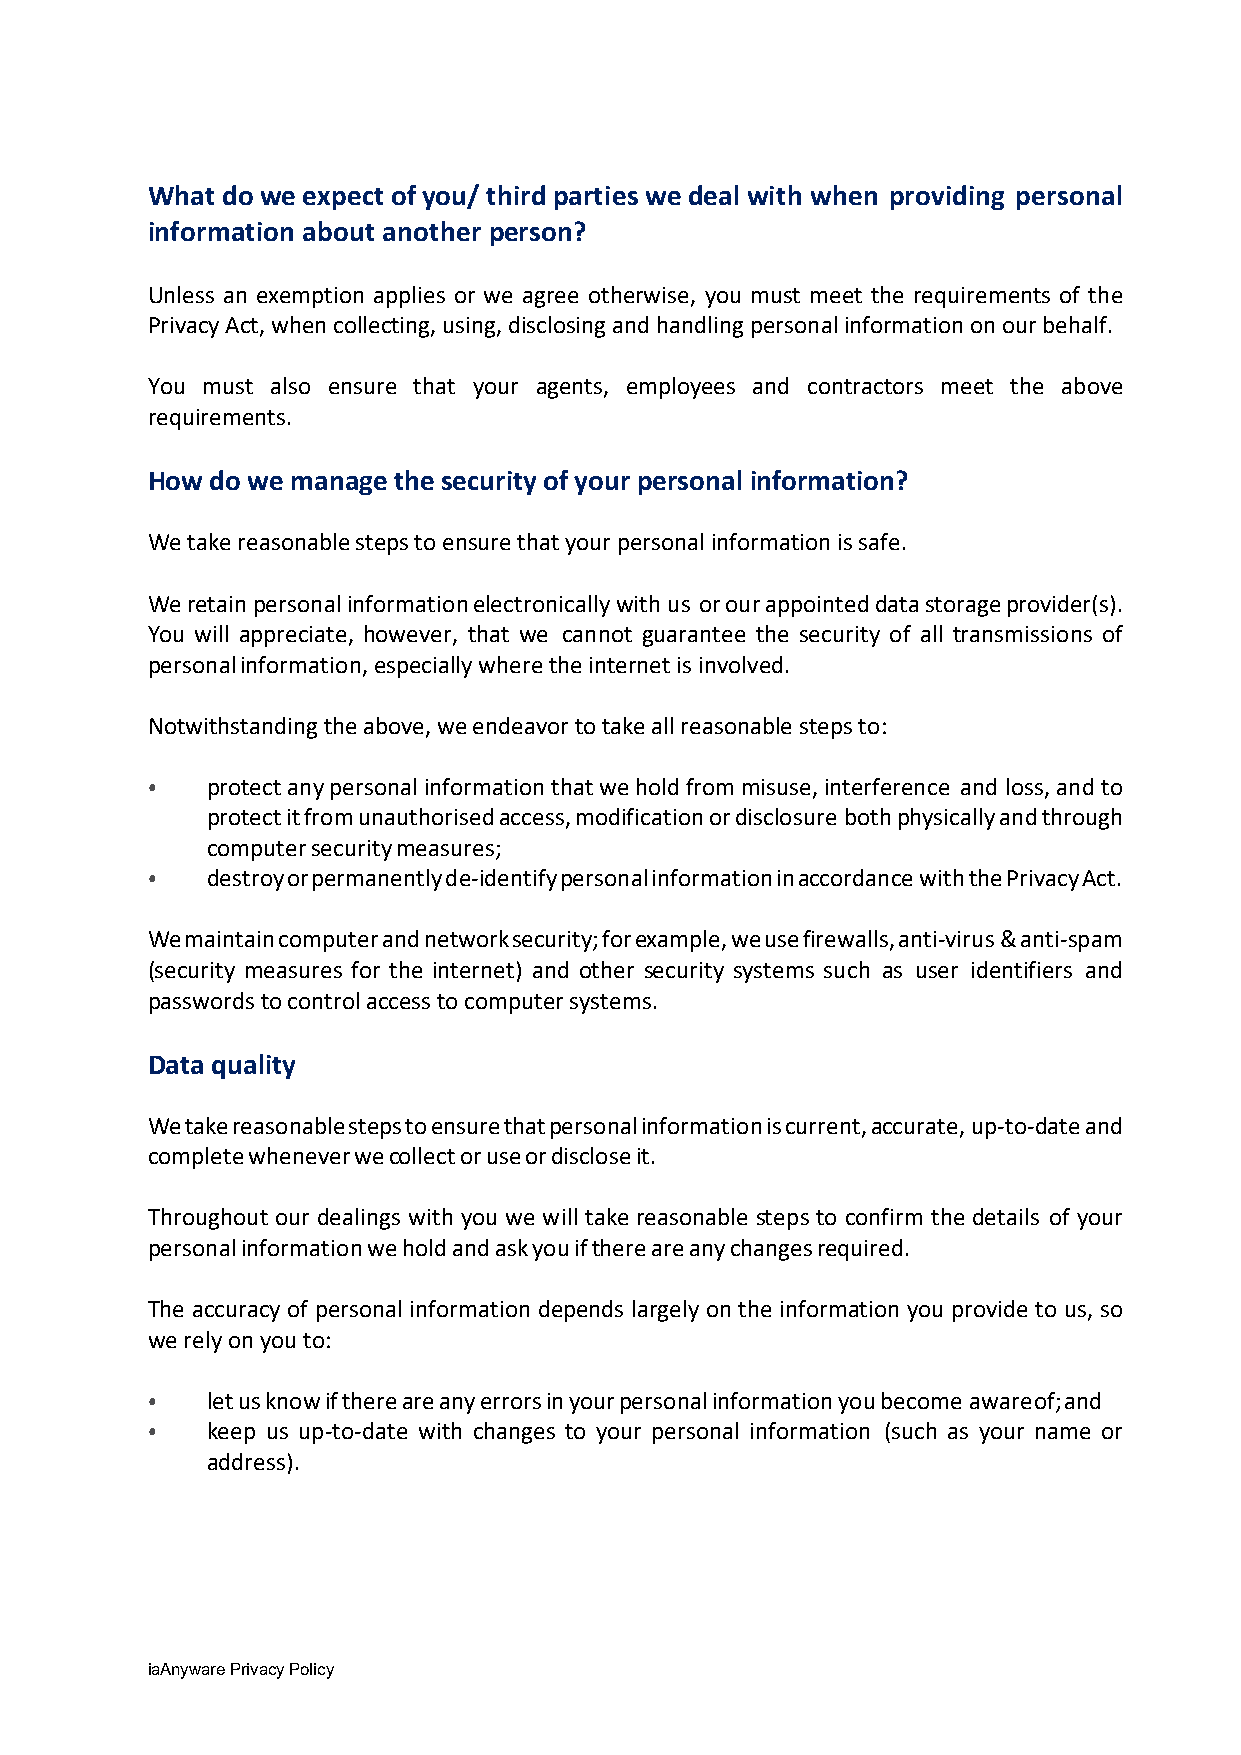
What do we expect of you/ third parties we deal with when providing personal
 information about another person?
 Unless an exemption applies or we agree otherwise, you must meet the requirements of the
 Privacy Act, when collecting, using, disclosing and handling personal information on our behalf.
 You must also ensure that your agents, employees and contractors meet the above
 requirements.
 How do we manage the security of your personal information?
 We take reasonable steps to ensure that your personal information is safe.
 We retain personal information electronically with us or our appointed data storage provider(s).
 You will appreciate, however, that we cannot guarantee the security of all transmissions of
 personal information, especially where the internet is involved.
 Notwithstanding the above, we endeavor to take all reasonable steps to:
 protect any personal information that we hold from misuse, interference and loss, and to
 protect it from unauthorised access, modification or disclosure both physically and through
 •
 computer security measures;
 destroy or permanently de-identify personal information in accordance with the Privacy Act.
 •
 We maintain computer and network security; for example, we use firewalls, anti-virus & anti-spam
 (security measures for the internet) and other security systems such as user identifiers and
 passwords to control access to computer systems.
 Data quality
 We take reasonable steps to ensure that personal information is current, accurate, up-to-date and
 complete whenever we collect or use or disclose it.
 Throughout our dealings with you we will take reasonable steps to confirm the details of your
 personal information we hold and ask you if there are any changes required.
 The accuracy of personal information depends largely on the information you provide to us, so
 we rely on you to:
 let us know if there are any errors in your personal information you become aware of; and
 keep us up-to-date with changes to your personal information (such as your name or
 •
 address).
 •
 iaAnyware Privacy Policy